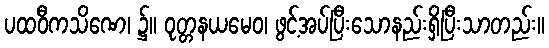
ပထဝီကသိဏေ၊ ၌။ ဝုတ္တနယမေဝ၊ ဖွင့်အပ်ပြီးသောနည်းရှိပြီးသာတည်း။